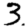
Digit: 3